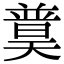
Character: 𡚈